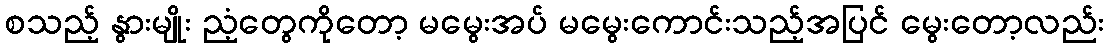
စသည့် နွားမျိုး ညံ့တွေကိုတော့ မမွေးအပ် မမွေးကောင်းသည့်အပြင် မွေးတော့လည်း